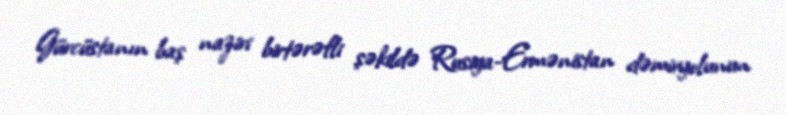
Gürcüstanın baş naziri birtərəfli şəkildə Rusiya-Ermənistan dəmiryolunun